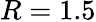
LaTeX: R=1.5